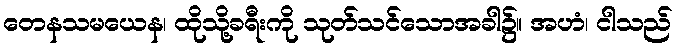
တေနသမယေန၊ ထိုသို့ခရီးကို သုတ်သင်သောအခါ၌။ အဟံ၊ ငါသည်